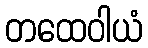
တထေဝါယံ